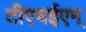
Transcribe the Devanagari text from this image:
टीएचईएम्